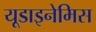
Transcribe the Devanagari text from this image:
यूडाइनेमिस